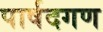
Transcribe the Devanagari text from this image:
पार्षदगण